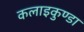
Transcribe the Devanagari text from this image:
कलाइकुण्डा